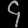
Digit: ၄